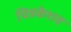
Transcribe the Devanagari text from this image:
चिन्नकेशव